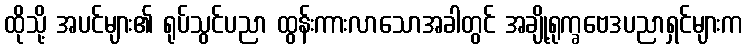
ထိုသို့ အပင်များ၏ ရုပ်သွင်ပညာ ထွန်းကားလာသောအခါတွင် အချို့ရုက္ခဗေဒပညာရှင်များက